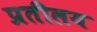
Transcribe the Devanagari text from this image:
प्रतीलय